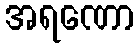
အရဏော